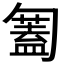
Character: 𠤅